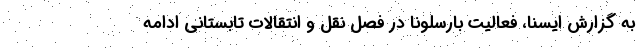
به گزارش ایسنا، فعالیت بارسلونا در فصل نقل و انتقالات تابستانی ادامه